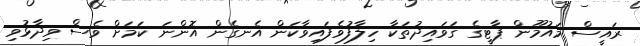
ރައީސް މައުމޫން ޕާޓީގެ ގަވައިދުތަކާ ހިލާފުވެފައިވާކަން އެނގެން އޮންނަ ކަމަށް ވެސް ވިދާޅުވި